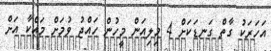
އަހަރަކު ގާތް ގަނޑަކަށް 4 މިލިއަން މީހުން ހައްޖު ވުމަށް މައްކާ އަށް